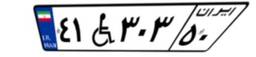
۴۱W۳۰۳۵۰